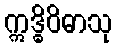
ဣဒ္ဓိဝိဓာသု